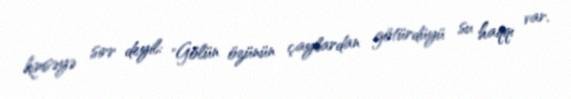
kimsəyə sirr deyil: "Gölün özünün çaylardan götürdüyü su haqqı var.